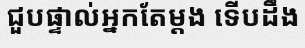
ជួបផ្ទាល់អ្នកតែម្តង ទើបដឹង